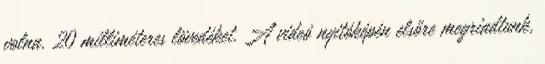
volna. 20 milliméteres lövedéket. A videó nyitóképén elsőre megriadtunk,